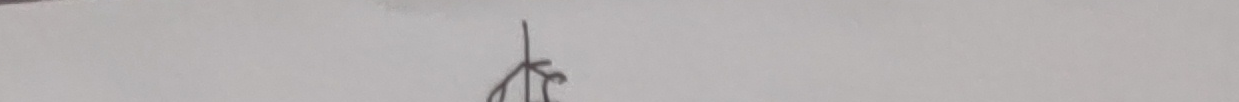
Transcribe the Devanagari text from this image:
जिर